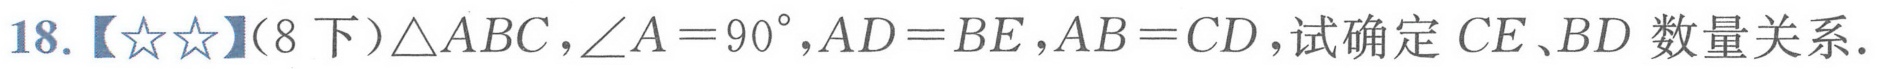
18.【★★】(8下)$\triangle ABC$，$\angle A = 90^{\circ}$，$AD = BE$，$AB = CD$，试确定$CE$、$BD$数量关系.